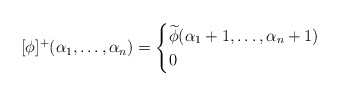
\begin{align*}[\phi]^+(\alpha_1,\dots,\alpha_n)=\begin{cases}\widetilde\phi(\alpha_1+1,\dots,\alpha_n+1)&\\0&\end{cases}\end{align*}